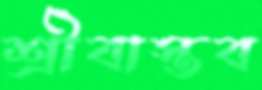
শ্রীবাস্তব